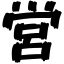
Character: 営